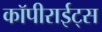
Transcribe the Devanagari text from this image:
कॉपीराईट्स